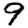
Digit: 9